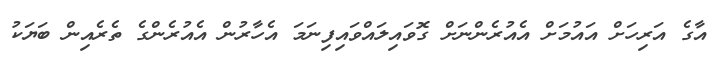
އާގެ އަރިހަށް އައުމަށް އެއުރެންނަށް ގޮވައިލައްވައިފިނަމަ އެހާރުން އެއުރެންގެ ތެރެއިން ބަޔަކު